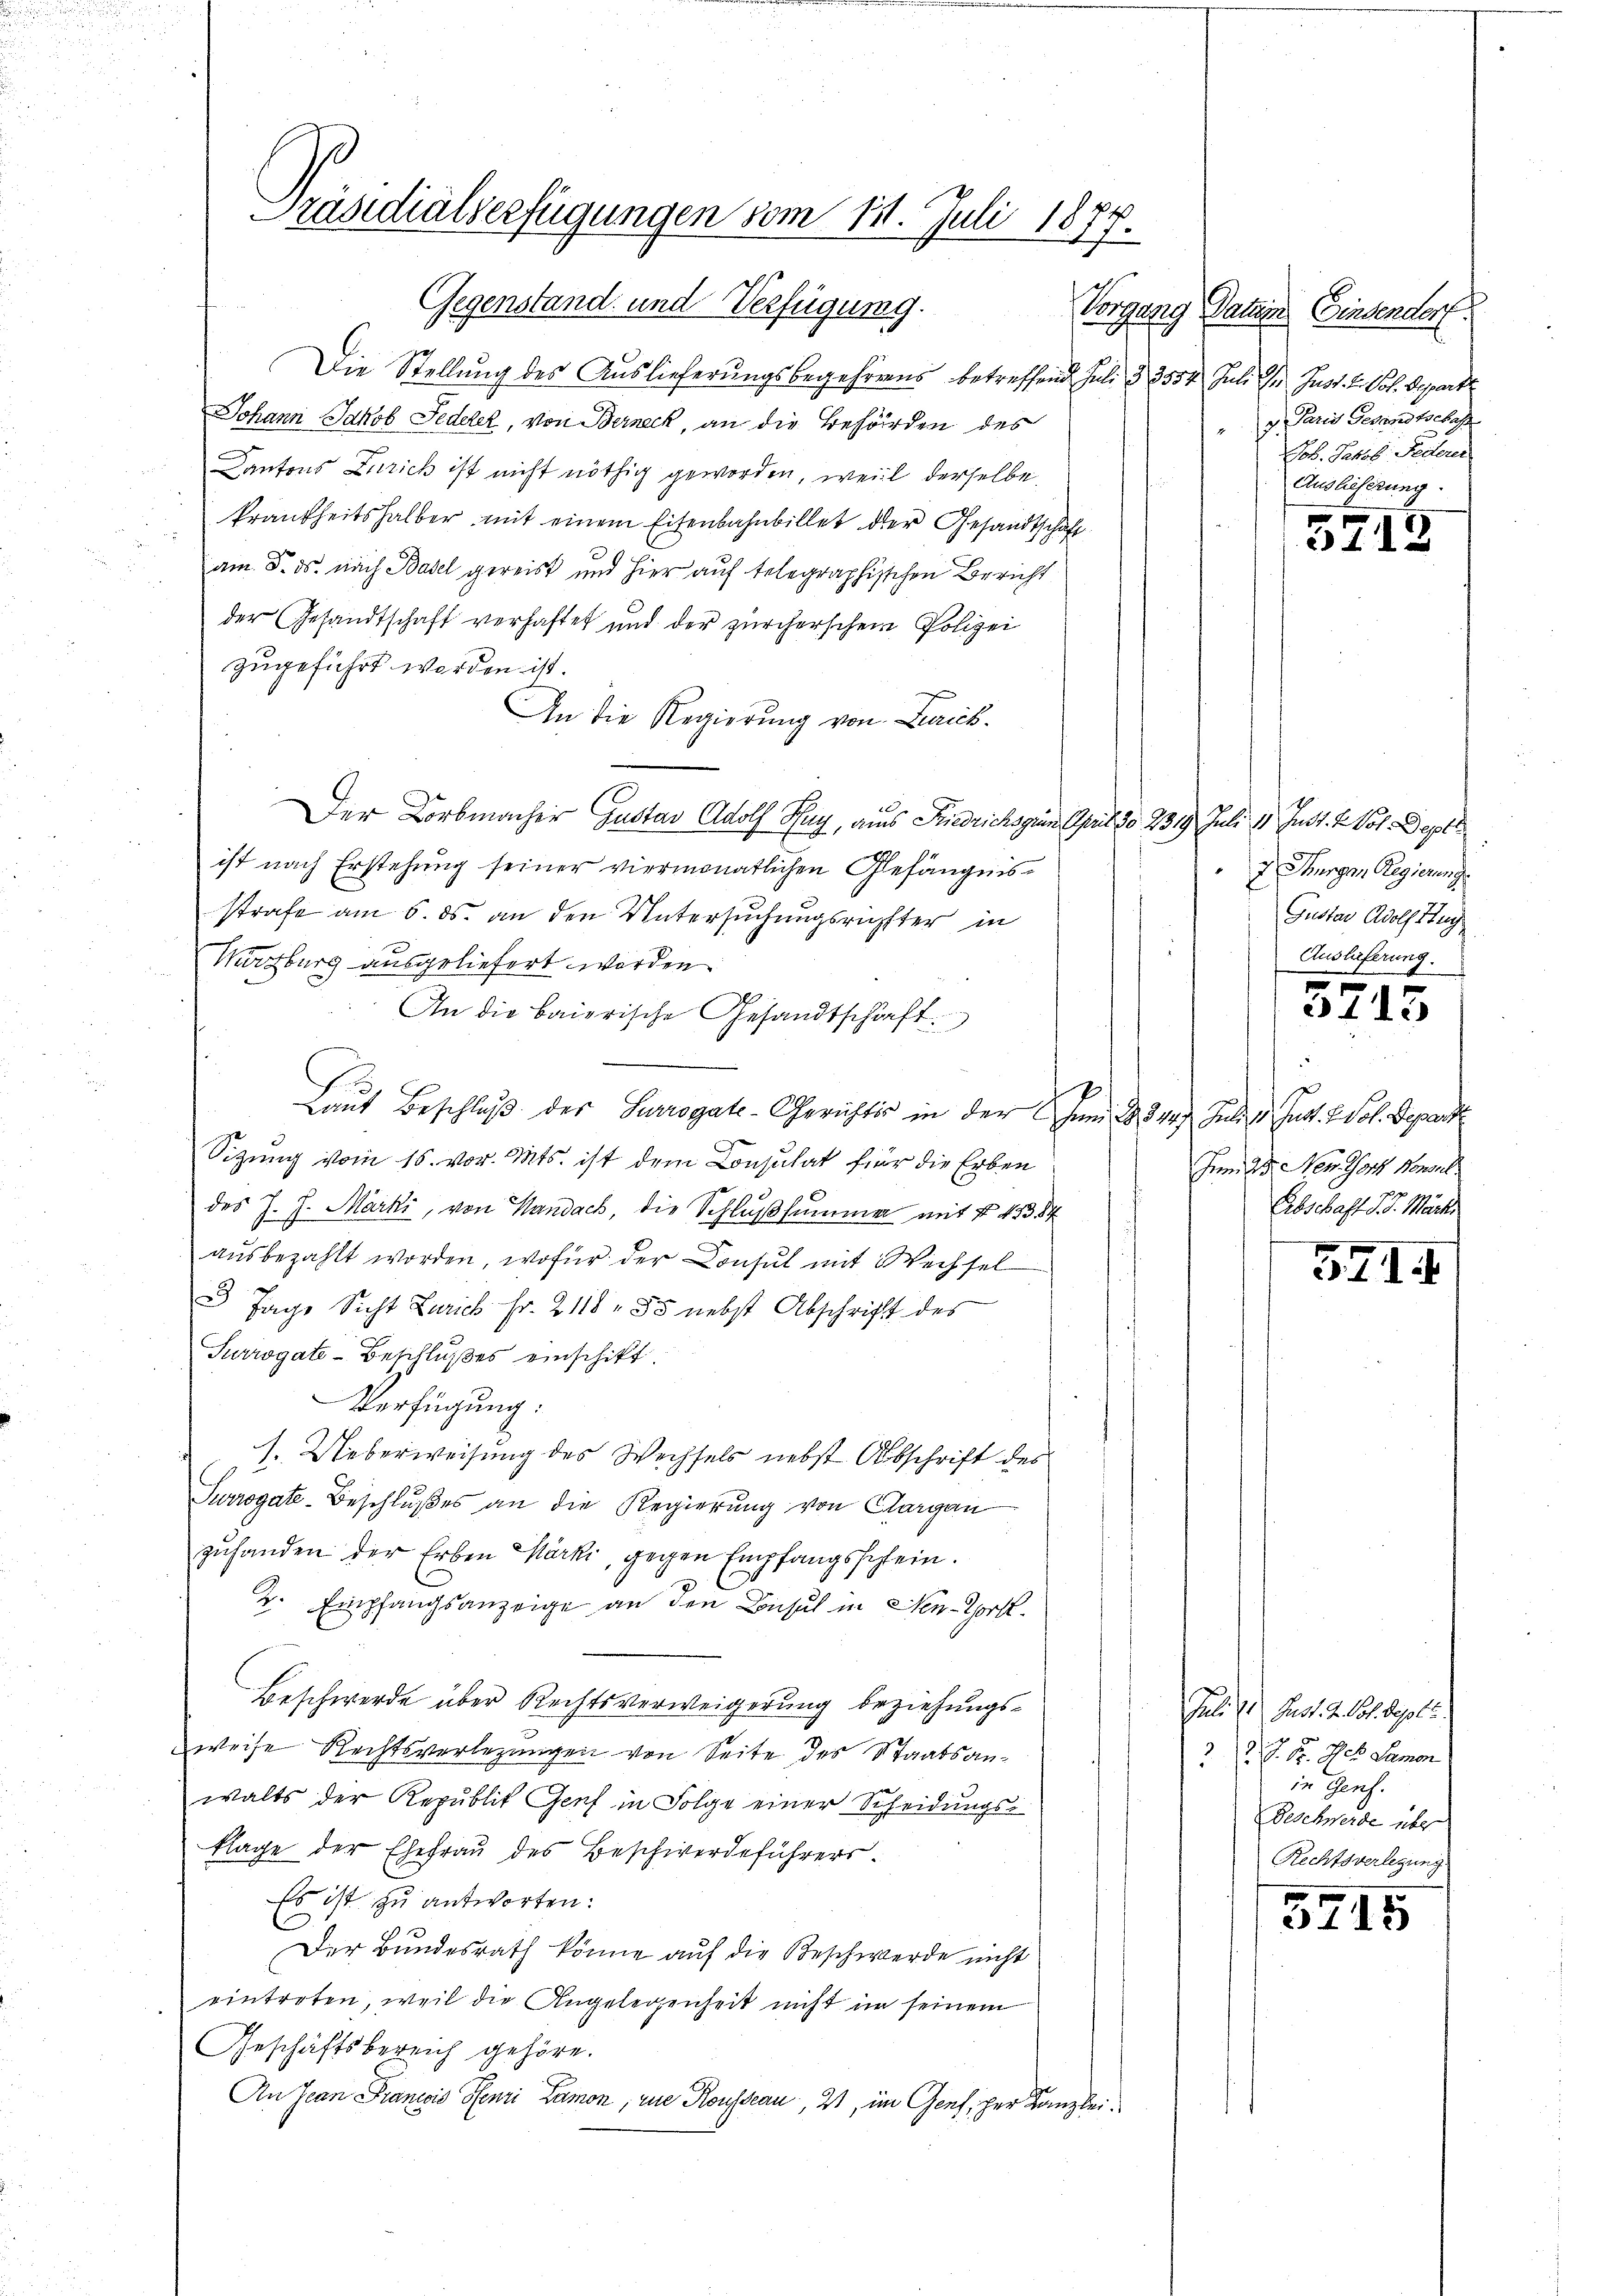
Präsidialverfügungen vom 111. Juli 1877.
Gegenstand und Verfügung. Vorgang

Die Stellung des Auslieferungsbegehrens betreffend Juli § 3554. Juli der Just. I. Vol. Depart
Johann Jakob Fedeler, von Berneck, an die Behörden des
Kantons Zürich ist nicht nöthig geworden, weil derselbe
krankheitshalber mit einem Eisenbahnbillet der Gesandtschaft
am 8. ds. nach Basel gereist und hier auf telegraphischen Bericht
der Gesandtschaft verhaftet und der zürcherschen Polizei
zugeführt werden ist.
An die Regierung von Lanck.
Der Korbmacher Gustav Adolf Tag, aus Friedrichs zum April do 2319. Juli 11 Just. 2. Vol. Depti
ist nach Erstehung seiner viermonatlichen Gefängnisstrafe am 6. ds. an den Untersuchungsrichster in
Würzburg ausgeliefert werden.
An die baierische Gesandtschaft
Laut Beschluß des Surrogate-Gerichtes in der Juni 28. 3447. Juli d. Just. 2 Vol. Depart
Sitzung vom 15. vor. Mts. ist dem Consulat für die Erben
des J. J. Märki, von Handach, die Schlußsummer mit § 453 84
ausbezahlt worden, wofür der Consul mit Wechsel
2 Tage Sicht Zürich Fr. 2118. 55 nebst Abschrift des
Surrogate-Beschlußes einschikt.
Verfügung:
s. Ueberweisung des Wechsels nebst Abschrift des
Surrogate-Beschlŭβes an die Regierŭng von Aargau
zuhanden der Erben Märki, gegen Empfangsschein.
2. Empfangsanzeige an den Besuch in Nen-Tort
Beschwerde über Rechtsverweigerung beziehungsweise Rechtsverlegungen von Seite des Staatsanwalts der Republit Genf in Folge einer Scheidungs-
klage der Ehefrau des Beschwerdeführers.
Es ist zu antworten:
Der Bundesrath könne auf die Beschwerde nicht
eintreten, weil die Angelegenheit nicht in seinem
Geschäftsbereich gehöre.
An Jean Francois Henri Lamon, rue Rousseau, 21, im Genf, her Kanzlei¬

Tation Einsendorf
g. Paris Gesandtschaft
Joh. Jakob Federer
Auslieferung.

2 Turgen Regierung
Gustav Adolf Hug
Auslieferung

f
31

3713

Jum 23. New York Konsul
Abschaft d. d. Marte

571.

Juli 21. Just. d. Joh. Sept.
e
22. J. H. des Samon
in Genf.
Beschwerde über
Rechtsverlegung

5745